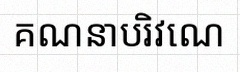
គណនាបរិវេណ